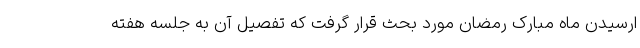
ارسیدن ماه مبارک رمضان مورد بحث قرار گرفت که تفصیل آن به جلسه هفته